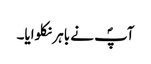
آپؐ نے باہر نکلوایا۔